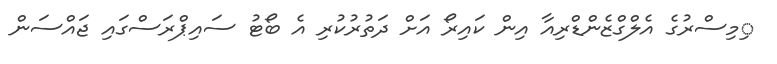
ިމިސްރުގެ އެލްގްޒެންޑްރިއާ އިން ކައިރޯ އަށް ދަތުރުކުރި އެ ބޯޓު ސައިޕްރަސްގައި ޖައްސަން